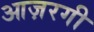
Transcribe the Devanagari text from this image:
आज़रगी